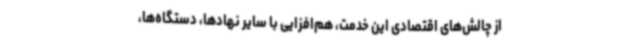
از چالش‌های اقتصادی این خدمت، هم‌افزایی با سایر نهادها، دستگاه‌ها،